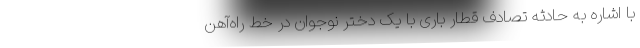
با اشاره به حادثه تصادف قطار باری با یک دختر نوجوان در خط راه‌‌آهن